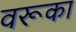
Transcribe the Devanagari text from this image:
वरूका